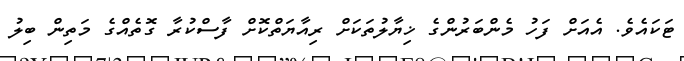
ޓަކައެވެ. އެއަށް ފަހު މެންބަރުންގެ ޚިޔާލުތަކަށް ރިއާޔަތްކޮށް ފާސްކުރާ ގޮތެއްގެ މަތިން ބިލު